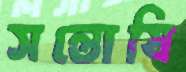
সন্তোষি